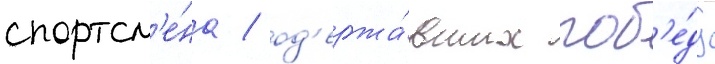
спортсм'е́на / од'ержа́вших поб'е́ду